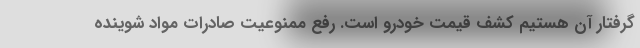
گرفتار آن هستیم کشف قیمت خودرو است. رفع ممنوعیت صادرات مواد شوینده